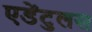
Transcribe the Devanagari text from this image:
एडेंटुलस